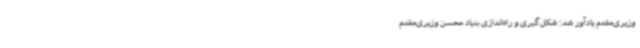
وزیری‌مقدم یادآور شد: شکل‌گیری و راه‌اندازی بنیاد محسن وزیری‌مقدم